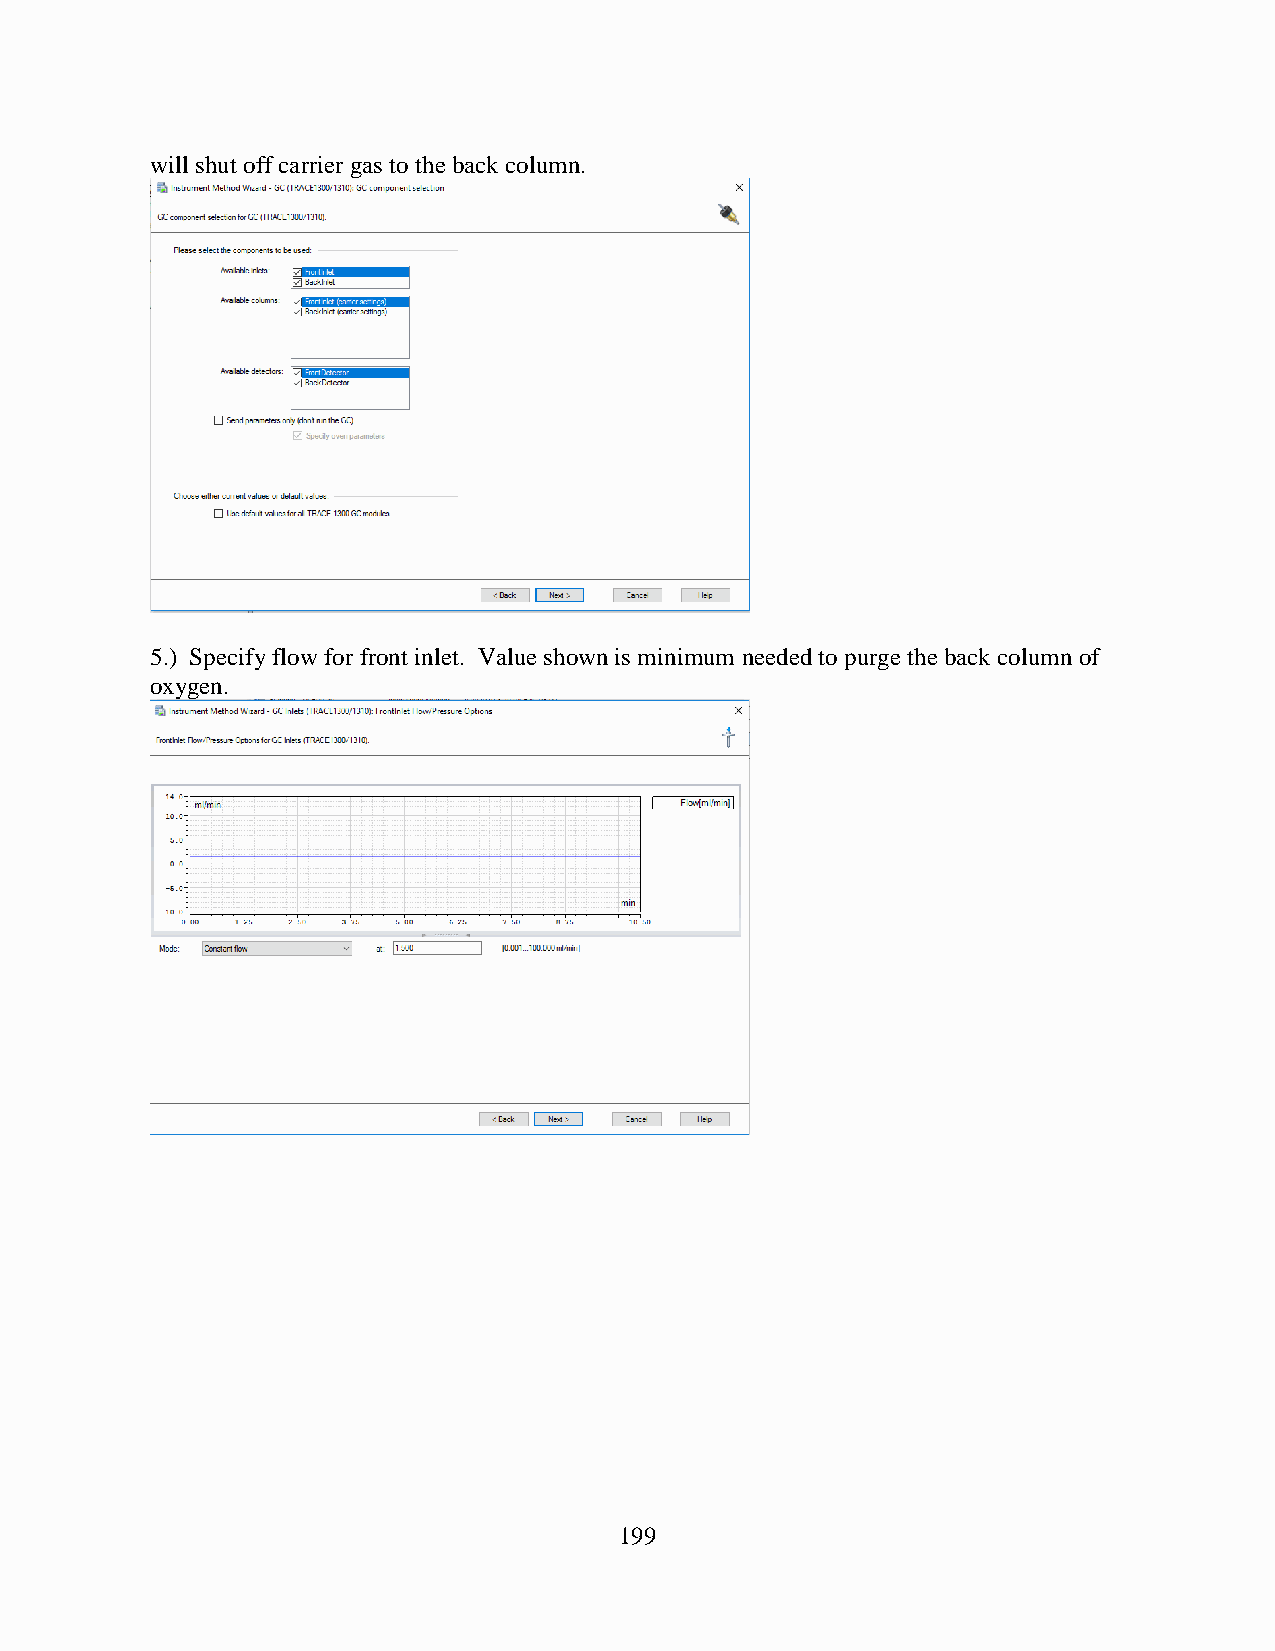
will shut off carrier gas to the back column.
 5.) Specify flow for front inlet. Value shown is minimum needed to purge the back column of
 oxygen.
 199